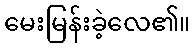
မေးမြန်းခဲ့လေ၏။